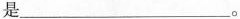
是___。